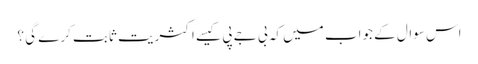
اس سوال کے جواب میں کہ بی جے پی کیسے اکثریت ثابت کرے گی ؟